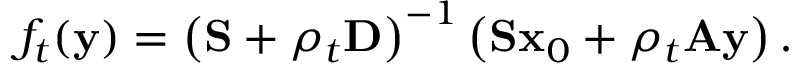
f _ { t } ( \mathbf { y } ) = \left( \mathbf { S } + \rho _ { t } \mathbf { D } \right) ^ { - 1 } \left( \mathbf { S } \mathbf { x } _ { 0 } + \rho _ { t } \mathbf { A } \mathbf { y } \right) .